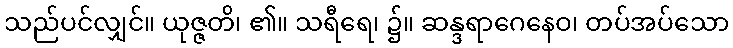
သည်ပင်လျှင်။ ယုဇ္ဇတိ၊ ၏။ သရီရေ၊ ၌။ ဆန္ဒရာဂေနေဝ၊ တပ်အပ်သော